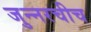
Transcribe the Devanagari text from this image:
जुन्‍नरचीच